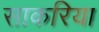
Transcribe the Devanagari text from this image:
साकरिया